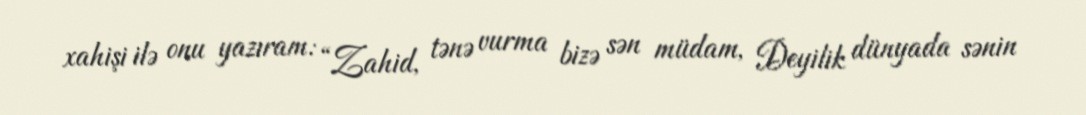
xahişi ilə onu yazıram: “Zahid, tənə vurma bizə sən müdam, Deyilik dünyada sənin